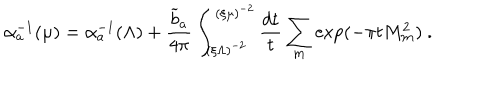
LaTeX: \alpha _ { a } ^ { - 1 } ( \mu ) = \alpha _ { a } ^ { - 1 } ( \Lambda ) + { \frac { { \widetilde b } _ { a } } { 4 \pi } } \int _ { ( \xi \Lambda ) ^ { - 2 } } ^ { ( \xi \mu ) ^ { - 2 } } { \frac { d t } { t } } \sum _ { { \bf m } } \exp ( - \pi t M _ { \bf m } ^ { 2 } ) ~ .